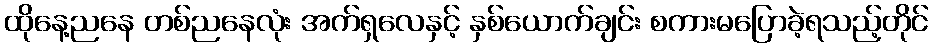
ထိုနေ့ညနေ တစ်ညနေလုံး အက်ရှလေနှင့် နှစ်ယောက်ချင်း စကားမပြောခဲ့ရသည့်တိုင်